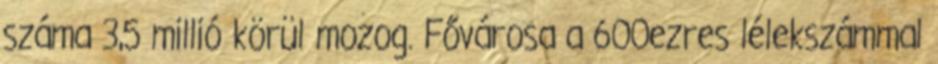
száma 3,5 millió körül mozog. Fővárosa a 600ezres lélekszámmal